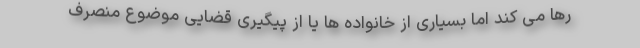
رها می کند اما بسیاری از خانواده ها یا از پیگیری قضایی موضوع منصرف